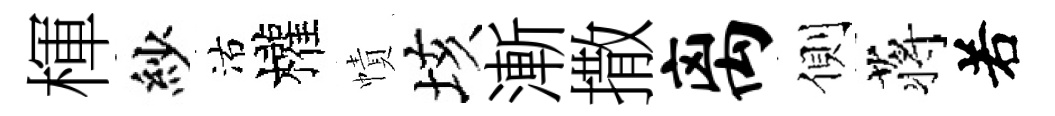
楎紗沽權幘垓漸撒离側蒋𠰥